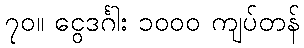
၇၀။ ငွေဒင်္ဂါး ၁၀၀၀ ကျပ်တန်